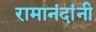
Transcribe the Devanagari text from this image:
रामानंदांनी